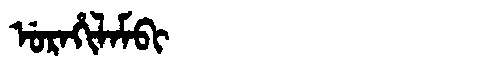
Manchu: ᡠᡵᠠᡥᡳᠯᠠᠮᠪᡳ
Romanization: URAHILAMBI